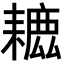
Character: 𦔗